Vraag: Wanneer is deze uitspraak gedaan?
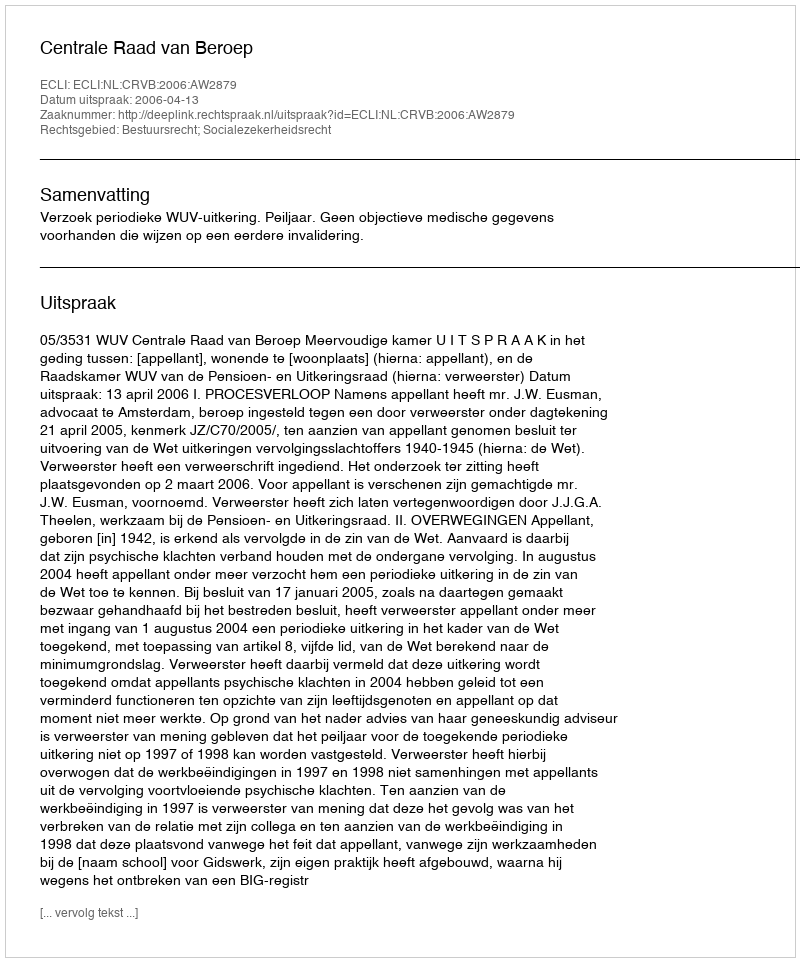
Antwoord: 2006-04-13